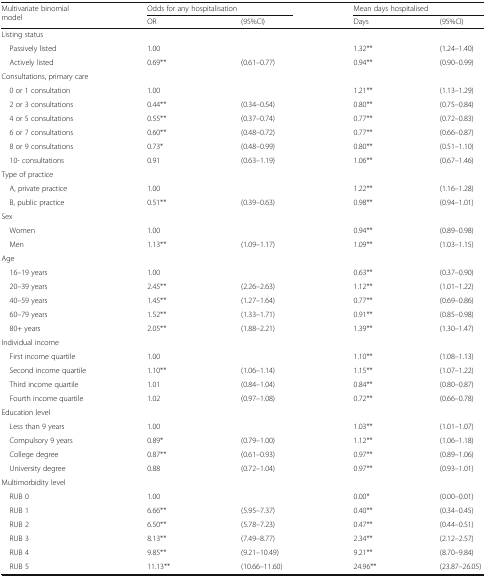
<table><thead><tr><td rowspan="2"><b>Multivariate binomial model</b></td><td colspan="2"><b>Odds for any hospitalisation</b></td><td colspan="2"><b>Mean days hospitalised</b></td></tr><tr><td><b>OR</b></td><td><b>(95%CI)</b></td><td><b>Days</b></td><td><b>(95%CI)</b></td></tr></thead><tbody><tr><td colspan="5">Listing status</td></tr><tr><td> Passively listed</td><td>1.00</td><td></td><td>1.32**</td><td>(1.24–1.40)</td></tr><tr><td> Actively listed</td><td>0.69**</td><td>(0.61–0.77)</td><td>0.94**</td><td>(0.90–0.99)</td></tr><tr><td colspan="5">Consultations, primary care</td></tr><tr><td> 0 or 1 consultation</td><td>1.00</td><td></td><td>1.21**</td><td>(1.13–1.29)</td></tr><tr><td> 2 or 3 consultations</td><td>0.44**</td><td>(0.34–0.54)</td><td>0.80**</td><td>(0.75–0.84)</td></tr><tr><td> 4 or 5 consultations</td><td>0.55**</td><td>(0.37–0.74)</td><td>0.77**</td><td>(0.72–0.83)</td></tr><tr><td> 6 or 7 consultations</td><td>0.60**</td><td>(0.48–0.72)</td><td>0.77**</td><td>(0.66–0.87)</td></tr><tr><td> 8 or 9 consultations</td><td>0.73*</td><td>(0.48–0.99)</td><td>0.80**</td><td>(0.51–1.10)</td></tr><tr><td> 10- consultations</td><td>0.91</td><td>(0.63–1.19)</td><td>1.06**</td><td>(0.67–1.46)</td></tr><tr><td colspan="5">Type of practice</td></tr><tr><td> A, private practice</td><td>1.00</td><td></td><td>1.22**</td><td>(1.16–1.28)</td></tr><tr><td> B, public practice</td><td>0.51**</td><td>(0.39–0.63)</td><td>0.98**</td><td>(0.94–1.01)</td></tr><tr><td colspan="5">Sex</td></tr><tr><td> Women</td><td>1.00</td><td></td><td>0.94**</td><td>(0.89–0.98)</td></tr><tr><td> Men</td><td>1.13**</td><td>(1.09–1.17)</td><td>1.09**</td><td>(1.03–1.15)</td></tr><tr><td colspan="5">Age</td></tr><tr><td> 16–19 years</td><td>1.00</td><td></td><td>0.63**</td><td>(0.37–0.90)</td></tr><tr><td> 20–39 years</td><td>2.45**</td><td>(2.26–2.63)</td><td>1.12**</td><td>(1.01–1.22)</td></tr><tr><td> 40–59 years</td><td>1.45**</td><td>(1.27–1.64)</td><td>0.77**</td><td>(0.69–0.86)</td></tr><tr><td> 60–79 years</td><td>1.52**</td><td>(1.33–1.71)</td><td>0.91**</td><td>(0.85–0.98)</td></tr><tr><td> 80+ years</td><td>2.05**</td><td>(1.88–2.21)</td><td>1.39**</td><td>(1.30–1.47)</td></tr><tr><td colspan="5">Individual income</td></tr><tr><td> First income quartile</td><td>1.00</td><td></td><td>1.10**</td><td>(1.08–1.13)</td></tr><tr><td> Second income quartile</td><td>1.10**</td><td>(1.06–1.14)</td><td>1.15**</td><td>(1.07–1.22)</td></tr><tr><td> Third income quartile</td><td>1.01</td><td>(0.84–1.04)</td><td>0.84**</td><td>(0.80–0.87)</td></tr><tr><td> Fourth income quartile</td><td>1.02</td><td>(0.97–1.08)</td><td>0.72**</td><td>(0.66–0.78)</td></tr><tr><td colspan="5">Education level</td></tr><tr><td> Less than 9 years</td><td>1.00</td><td></td><td>1.03**</td><td>(1.01–1.07)</td></tr><tr><td> Compulsory 9 years</td><td>0.89*</td><td>(0.79–1.00)</td><td>1.12**</td><td>(1.06–1.18)</td></tr><tr><td> College degree</td><td>0.87**</td><td>(0.61–0.93)</td><td>0.97**</td><td>(0.89–1.06)</td></tr><tr><td> University degree</td><td>0.88</td><td>(0.72–1.04)</td><td>0.97**</td><td>(0.93–1.01)</td></tr><tr><td colspan="5">Multimorbidity level</td></tr><tr><td> RUB 0</td><td>1.00</td><td></td><td>0.00*</td><td>(0.00–0.01)</td></tr><tr><td> RUB 1</td><td>6.66**</td><td>(5.95–7.37)</td><td>0.40**</td><td>(0.34–0.45)</td></tr><tr><td> RUB 2</td><td>6.50**</td><td>(5.78–7.23)</td><td>0.47**</td><td>(0.44–0.51)</td></tr><tr><td> RUB 3</td><td>8.13**</td><td>(7.49–8.77)</td><td>2.34**</td><td>(2.12–2.57)</td></tr><tr><td> RUB 4</td><td>9.85**</td><td>(9.21–10.49)</td><td>9.21**</td><td>(8.70–9.84)</td></tr><tr><td> RUB 5</td><td>11.13**</td><td>(10.66–11.60)</td><td>24.96**</td><td>(23.87–26.05)</td></tr></tbody></table>